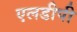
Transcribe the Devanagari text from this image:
एलडीपी